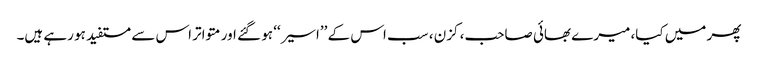
پھر میں کیا، میرے بھائی صاحب، کزن ، سب اس کے ’’اسیر‘‘ ہو گئے اور متواتر اس سے مستفید ہو رہے ہیں۔